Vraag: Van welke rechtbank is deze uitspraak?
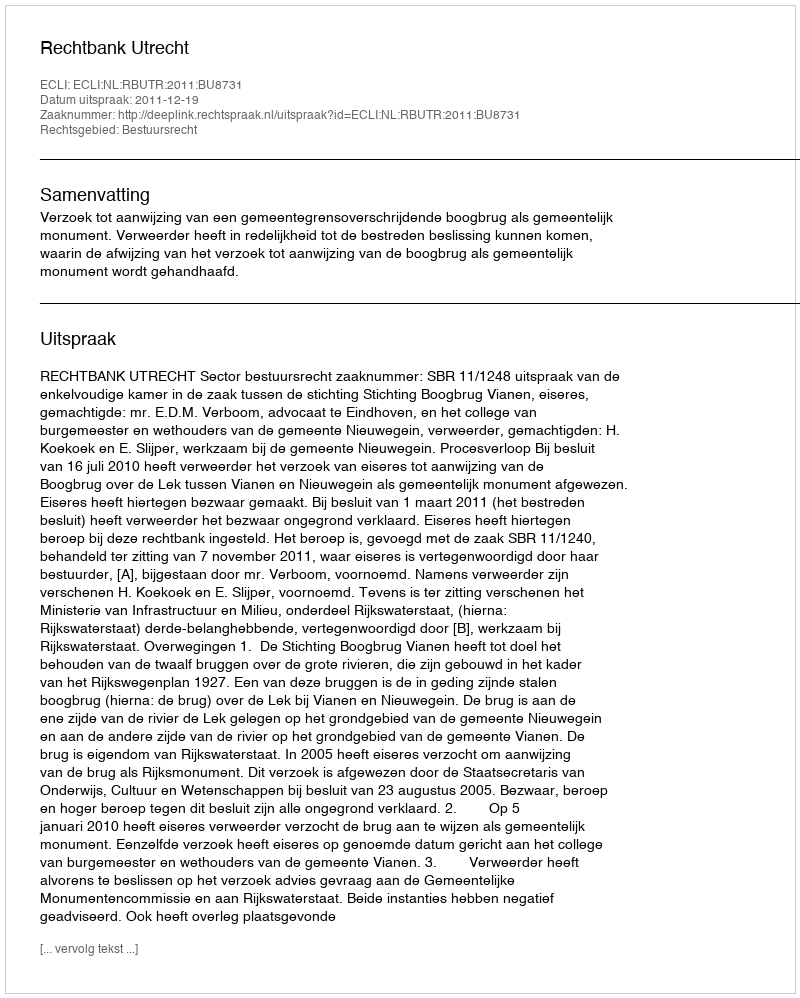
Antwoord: Rechtbank Utrecht